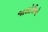
જાલોરીએ